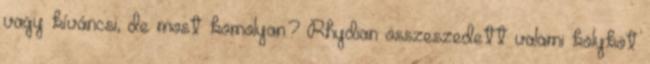
vagy kíváncsi, de most komolyan.? Rhydian összeszedett valami kölyköt